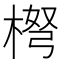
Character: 𱣳